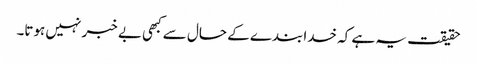
حقیقت یہ ہے کہ خدا بندے کے حال سے کبھی بے خبر نہیں ہوتا۔